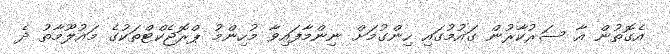
އެގޮތުން އާ ސަރުކާރުން ގައުމުގައި ހިންގުމަށް ނިންމާފައިވާ މުހިންމު ޕްރޮޖެކްޓްތަކުގެ މައުލޫމާތު ދެ